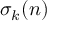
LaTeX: \sigma _ { k } ( n )